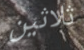
ثلاثين